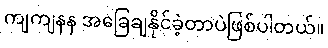
ကျကျနန အခြေချနိုင်ခဲ့တာပဲဖြစ်ပါတယ်။